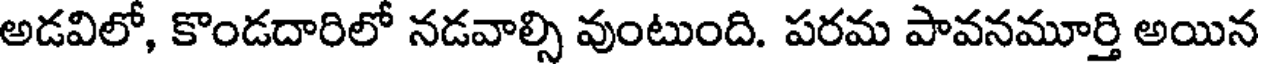
అడవిలో, కొండదారిలో నడవాల్సి వుంటుంది. పరమ పావనమూర్తి అయిన